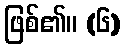
ဖြစ်၏။ (၆)